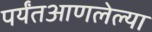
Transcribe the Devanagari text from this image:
पर्यंतआणलेल्या